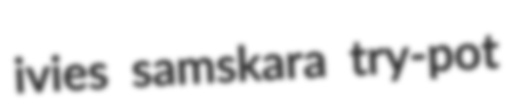
ivies samskara try-pot